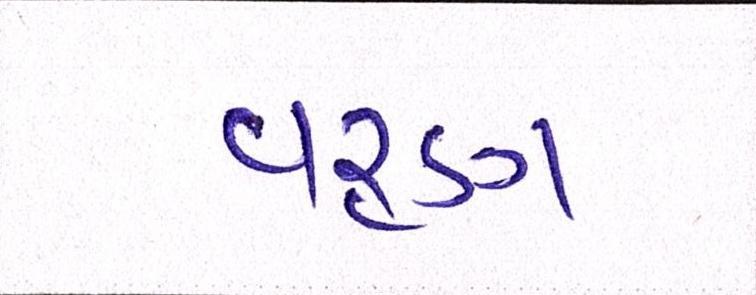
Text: વરૃણ